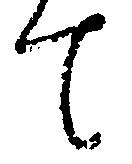
て